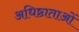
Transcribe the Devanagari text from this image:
अधिष्ठाताओं